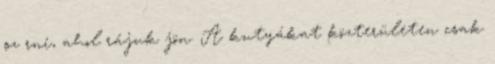
sz rni, ahol rájuk jön. A kutyákat közterületen csak